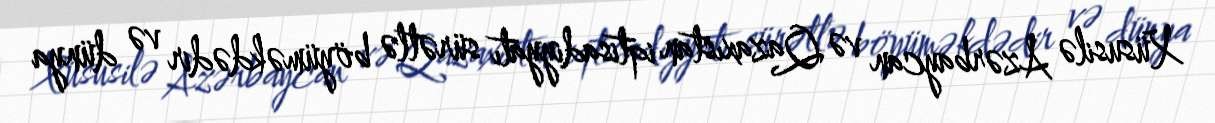
Xüsusilə Azərbaycan və Qazaxıstan iqtisadiyyatı sürətlə böyüməkdədir və dünya